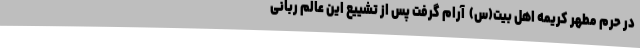
در حرم مطهر کریمه اهل بیت(س)  آرام گرفت پس از تشییع این عالم ربانی